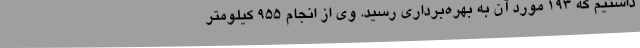
داشتیم که 193 مورد آن به بهره‌برداری رسید. وی از انجام 955 کیلومتر